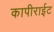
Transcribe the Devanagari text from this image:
कापीराईट